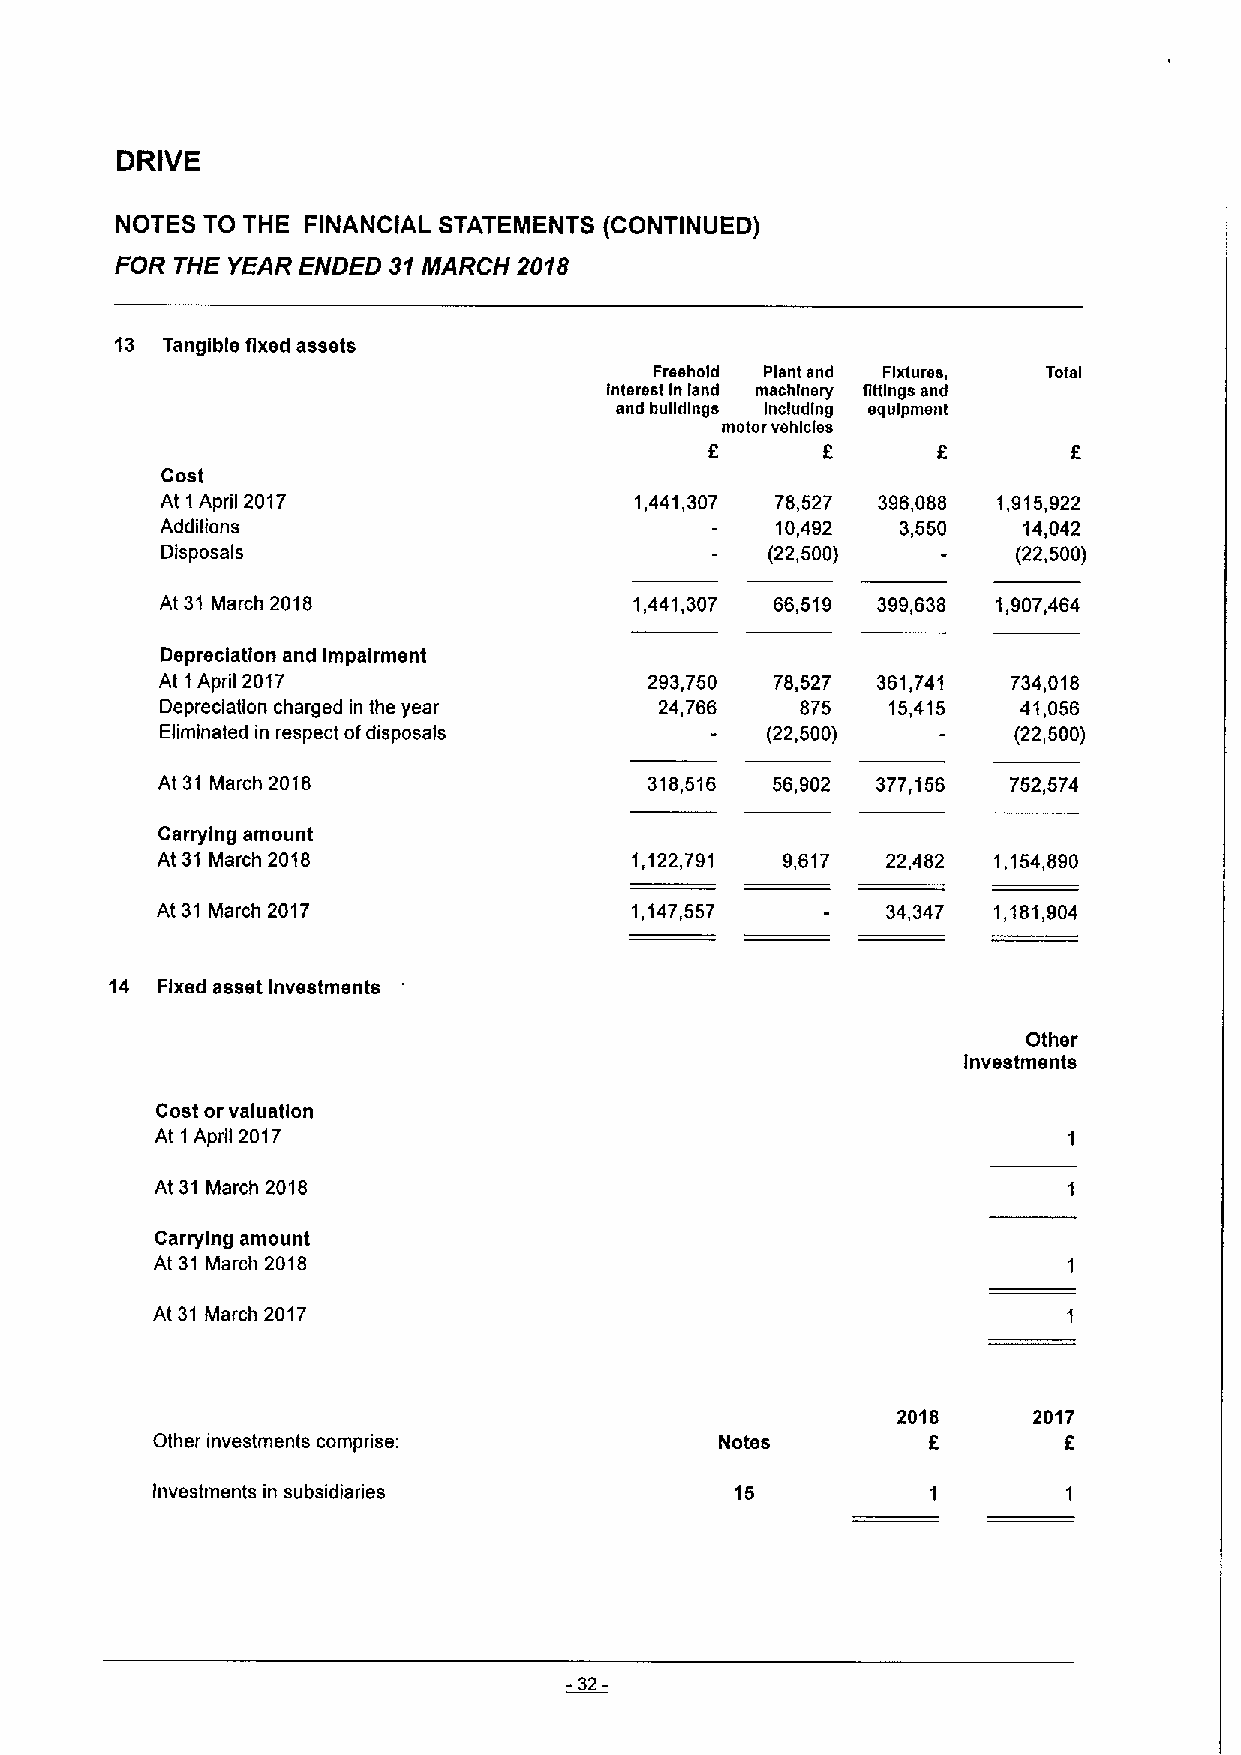
DRIVE
 NOTES TO THE FINANCIAL STATEMENTS (CONTINUED)
 FOR THE YEAR ENDED 31MARCH 2018
 13 Tangible fixed assets
 Freehold Plant and Fixtures, Tots
 I
 Interest In land machinery flttlngs snd
 and bugdlnga Including equipment
 motor vehicles
 f      f
 Cost
 At 1April 2017                 1,441,307 78,527 396,088 1,915,922
 Additions                               10,492   3,550   14,042
 Disposals                               (22,500)        (22,500)
 At 31 March 2018               1,441,307 66,519 399,638 1,907,464
 Depreciation and Impairment
 At 1April 2017                  293,750 78,527 361,741  734,018
 Depreciation charged in the year 24,766   875   15,415   41,056
 Eliminated in respect ofdisposals       (22,500)        (22,500)
 At 31 March 2018                 318,516 56,902 377,156  752,574
 Carrying amount
 At 31 March 2018                1,122,791 9,617  22,482 1,154,890
 At 31 March 2017                1,147,557        34,347 1,181,904
 14 Fixed asset Investments
 Other
 Investments
 Cost or valuation
 At 1April 2017
 At 31 March 2018
 Carrying amount
 At 31 March 2018
 At 31 March 2017
 2018     2017
 f        f
 Other investments comprise:           Notes
 Investments in subsidiaries            15
 -32-